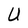
Character: U